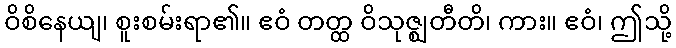
ဝိစိနေယျ၊ စူးစမ်းရာ၏။ ဧဝံ တတ္ထ ဝိသုဇ္ဈတီတိ၊ ကား။ ဧဝံ၊ ဤသို့